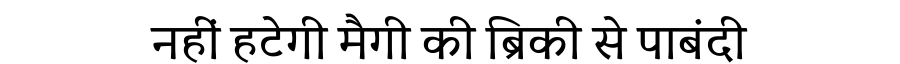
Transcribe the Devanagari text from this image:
नहीं हटेगी मैगी की ब्रिकी से पाबंदी